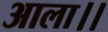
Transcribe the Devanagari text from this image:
आला।।